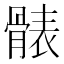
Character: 𩩩